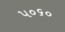
૫૦૬૦